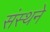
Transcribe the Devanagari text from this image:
संस्थने